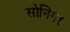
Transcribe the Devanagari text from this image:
सोनिगर